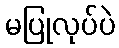
မပြုလုပ်ပဲ